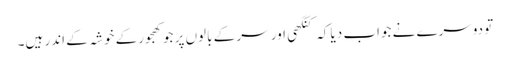
تو دوسرے نے جواب دیا کہ کنگھی اور سر کے بالوں پر جو کھجورکے خوشہ کے اندر ہیں۔